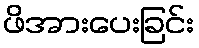
ဖိအားပေးခြင်း